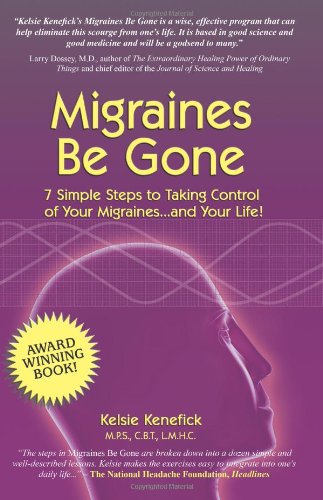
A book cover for Migraines Be Gone: 7 Simple Steps to Eliminating Your Migraines Forever; Kelsie; Health, Fitness & Dieting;